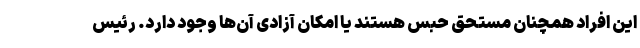
این افراد همچنان مستحق حبس هستند یا امکان آزادی آن‌ها وجود دارد. رئیس